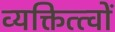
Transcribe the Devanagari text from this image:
व्यक्तित्त्वों